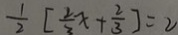
\frac { 1 } { 2 } [ \frac { 2 } { 3 } x + \frac { 2 } { 3 } ] = 2